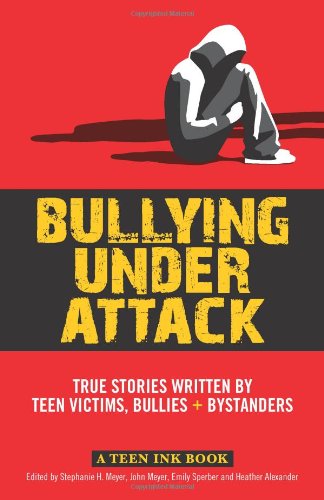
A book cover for Bullying Under Attack: True Stories Written by Teen Victims, Bullies & Bystanders (Teen Ink); Stephanie Meyer; Teen & Young Adult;